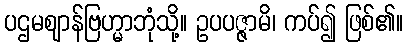
ပဌမဈာန်ဗြဟ္မာဘုံသို့။ ဥပပဇ္ဇာမိ၊ ကပ်၍ ဖြစ်၏။